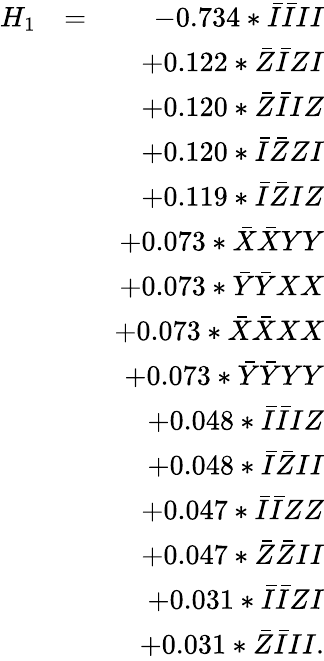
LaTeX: \begin{array}{rlr}{H_{1}}&{=}&{-0.734*\bar{I}\bar{I}II}\\ &{}&{+0.122*\bar{Z}\bar{I}ZI}\\ &{}&{+0.120*\bar{Z}\bar{I}IZ}\\ &{}&{+0.120*\bar{I}\bar{Z}ZI}\\ &{}&{+0.119*\bar{I}\bar{Z}IZ}\\ &{}&{+0.073*\bar{X}\bar{X}YY}\\ &{}&{+0.073*\bar{Y}\bar{Y}XX}\\ &{}&{+0.073*\bar{X}\bar{X}XX}\\ &{}&{+0.073*\bar{Y}\bar{Y}YY}\\ &{}&{+0.048*\bar{I}\bar{I}IZ}\\ &{}&{+0.048*\bar{I}\bar{Z}II}\\ &{}&{+0.047*\bar{I}\bar{I}ZZ}\\ &{}&{+0.047*\bar{Z}\bar{Z}II}\\ &{}&{+0.031*\bar{I}\bar{I}ZI}\\ &{}&{+0.031*\bar{Z}\bar{I}II.}\end{array}